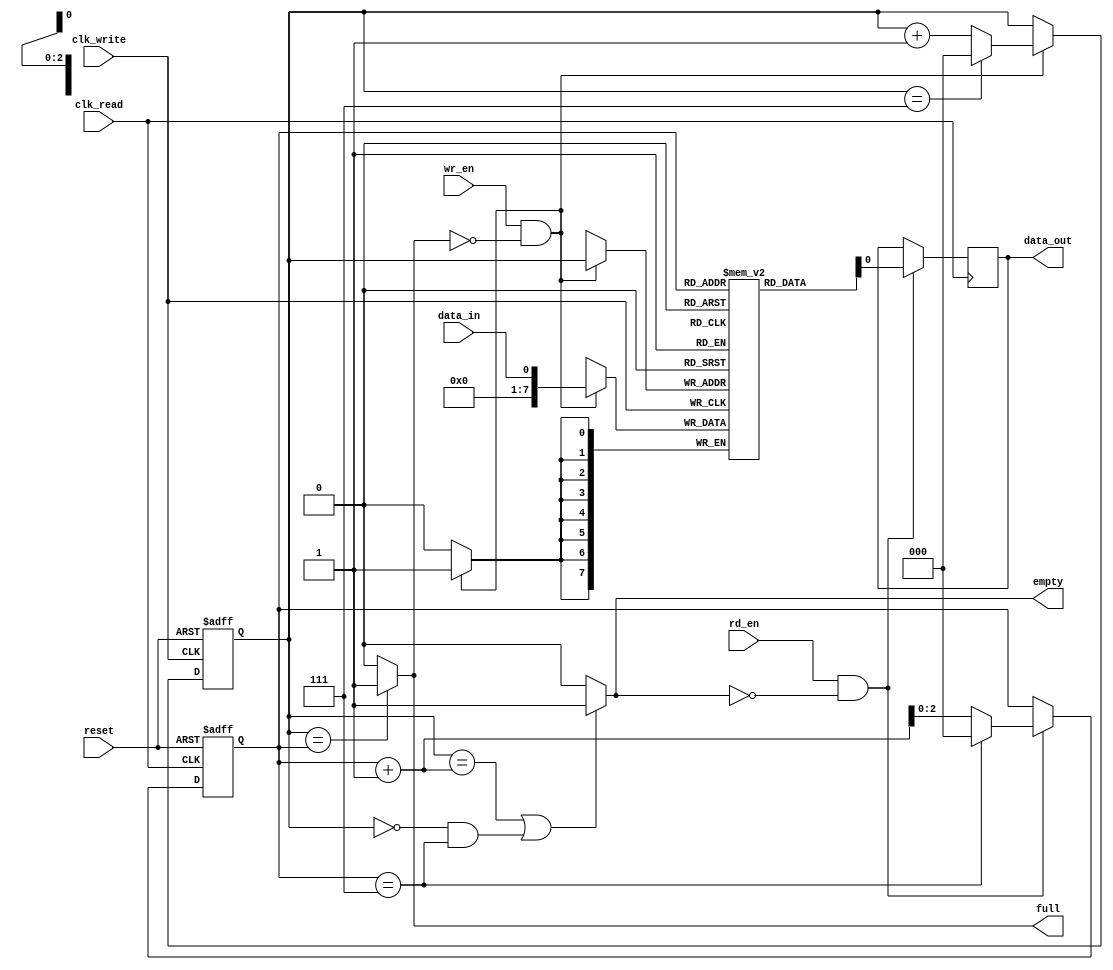
module synchronous_fifo_buffer
  (
   input wire clk_write,
   input wire clk_read,
   input wire reset,
   input wire data_in,
   output wire data_out,
   input wire wr_en,
   input wire rd_en,
   output wire full,
   output wire empty
  );
  
  parameter FIFO_SIZE = 8;
  
  reg [7:0] fifo [0:FIFO_SIZE-1];
  reg [2:0] wr_ptr, rd_ptr;
  
  assign full = (wr_ptr == rd_ptr) ? 1'b1 : 1'b0;
  assign empty = ((wr_ptr == (rd_ptr+1)) || (wr_ptr == 0 && rd_ptr == (FIFO_SIZE-1))) ? 1'b1 : 1'b0;
  
  always @(posedge clk_write or posedge reset)
  begin
    if (reset)
      wr_ptr <= 0;
    else if (wr_en && !full)
      wr_ptr <= (wr_ptr == (FIFO_SIZE-1)) ? 0 : wr_ptr + 1;
  end
  
  always @(posedge clk_read or posedge reset)
  begin
    if (reset)
      rd_ptr <= 0;
    else if (rd_en && !empty)
      rd_ptr <= (rd_ptr == (FIFO_SIZE-1)) ? 0 : rd_ptr + 1;
  end
  
  always @(posedge clk_write)
  begin
    if (wr_en && !full)
      fifo[wr_ptr] <= data_in;
  end
  
  always @(posedge clk_read)
  begin
    if (rd_en && !empty)
      data_out <= fifo[rd_ptr];
  end
  
endmodule